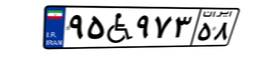
۹۵W۹۷۳۵۸